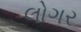
લોગર